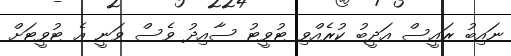
ނައިބު ރައީސް އަދީބު ކުރެއްވި ޓުވީޓު ސާއިދު ވެސް ވަނީ އެ ޓުވީޓަށް